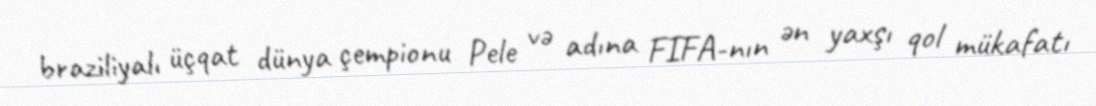
braziliyalı üçqat dünya çempionu Pele və adına FIFA-nın ən yaxşı qol mükafatı